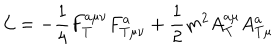
LaTeX: { \cal L } = - \frac 1 4 F _ { T } ^ { a \mu \nu } F _ { T \mu \nu } ^ { a } + \frac 1 2 m ^ { 2 } A _ { T } ^ { a \mu } A _ { T \mu } ^ { a }